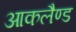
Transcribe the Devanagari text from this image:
आकलैण्ड